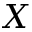
\boldsymbol { X }